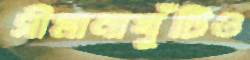
সীমানাখুঁটিও